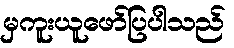
မှကူးယူဖော်ပြပါသည်